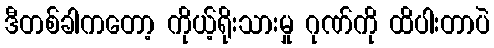
ဒီတစ်ခါကတော့ ကိုယ့်ရိုးသားမှု ဂုဏ်ကို ထိပါးတာပဲ